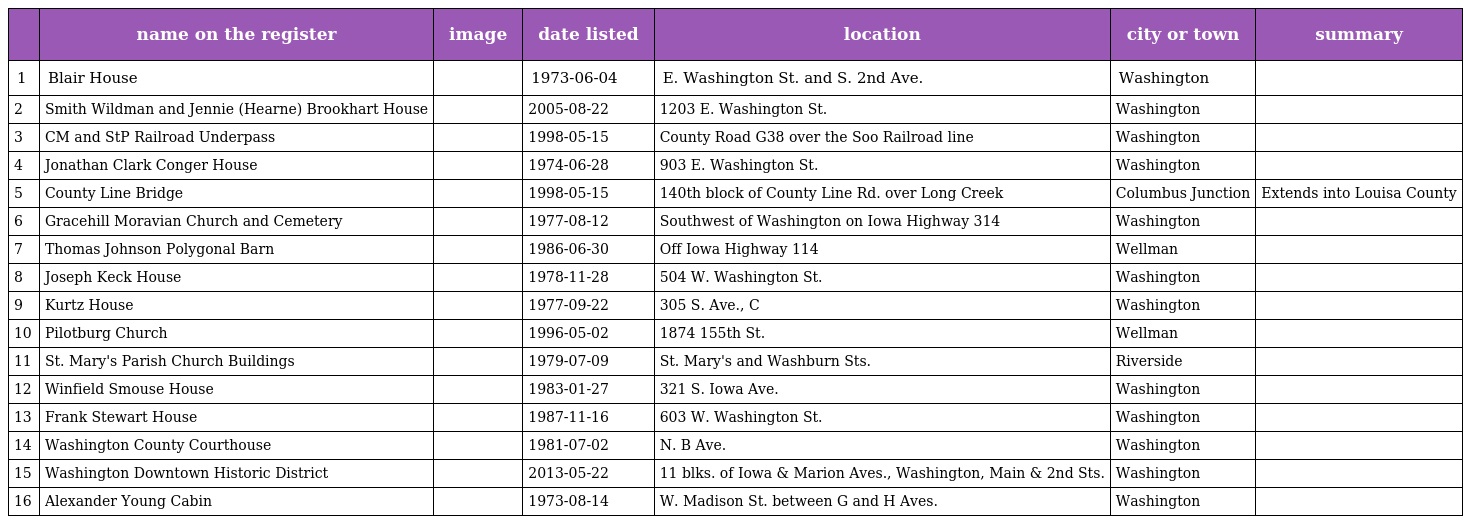
|  | name on the register | image | date listed | location | city or town | summary |
 | --- | --- | --- | --- | --- | --- | --- |
 | 1 | Blair House |  | 1973-06-04 | E. Washington St. and S. 2nd Ave. | Washington |  |
 | 2 | Smith Wildman and Jennie (Hearne) Brookhart House |  | 2005-08-22 | 1203 E. Washington St. | Washington |  |
 | 3 | CM and StP Railroad Underpass |  | 1998-05-15 | County Road G38 over the Soo Railroad line | Washington |  |
 | 4 | Jonathan Clark Conger House |  | 1974-06-28 | 903 E. Washington St. | Washington |  |
 | 5 | County Line Bridge |  | 1998-05-15 | 140th block of County Line Rd. over Long Creek | Columbus Junction | Extends into Louisa County |
 | 6 | Gracehill Moravian Church and Cemetery |  | 1977-08-12 | Southwest of Washington on Iowa Highway 314 | Washington |  |
 | 7 | Thomas Johnson Polygonal Barn |  | 1986-06-30 | Off Iowa Highway 114 | Wellman |  |
 | 8 | Joseph Keck House |  | 1978-11-28 | 504 W. Washington St. | Washington |  |
 | 9 | Kurtz House |  | 1977-09-22 | 305 S. Ave., C | Washington |  |
 | 10 | Pilotburg Church |  | 1996-05-02 | 1874 155th St. | Wellman |  |
 | 11 | St. Mary's Parish Church Buildings |  | 1979-07-09 | St. Mary's and Washburn Sts. | Riverside |  |
 | 12 | Winfield Smouse House |  | 1983-01-27 | 321 S. Iowa Ave. | Washington |  |
 | 13 | Frank Stewart House |  | 1987-11-16 | 603 W. Washington St. | Washington |  |
 | 14 | Washington County Courthouse |  | 1981-07-02 | N. B Ave. | Washington |  |
 | 15 | Washington Downtown Historic District |  | 2013-05-22 | 11 blks. of Iowa & Marion Aves., Washington, Main & 2nd Sts. | Washington |  |
 | 16 | Alexander Young Cabin |  | 1973-08-14 | W. Madison St. between G and H Aves. | Washington |  |